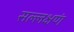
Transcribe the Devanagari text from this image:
सल्लक्षणं